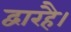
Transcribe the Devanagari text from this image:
द्वारहै।